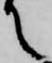
て